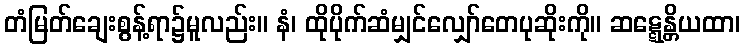
တံမြတ်ချေးစွန့်ရာ၌မူလည်း။ နံ၊ ထိုပိုက်ဆံမျှင်လျှော်တေပုဆိုးကို။ ဆဋ္ဋေန္တိယထာ၊